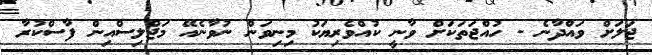
ޖަލަށް ވައްދާނެ - ހުއްޖަތަކަށް ވާނީ ކުއްވެރިޔަކު މިނިވަން ނުވާނެއޭ މަޖްލިސްއިން ފާސްކުރާ